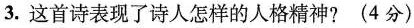
3.这首诗表现了诗人怎样的人格精神?(4分)